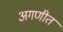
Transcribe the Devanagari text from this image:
अगणीत